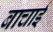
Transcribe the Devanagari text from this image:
बाचाई